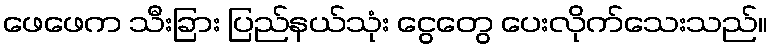
ဖေဖေက သီးခြား ပြည်နယ်သုံး ငွေတွေ ပေးလိုက်သေးသည်။